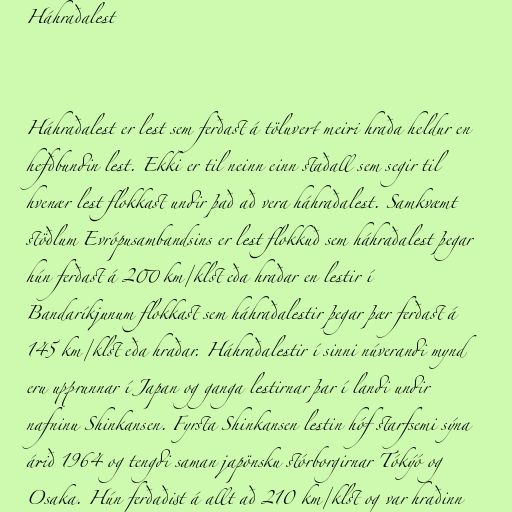
Háhraðalest

Háhraðalest er lest sem ferðast á töluvert meiri hraða heldur en
hefðbundin lest. Ekki er til neinn einn staðall sem segir til
hvenær lest flokkast undir það að vera háhraðalest. Samkvæmt
stöðlum Evrópusambandsins er lest flokkuð sem háhraðalest þegar
hún ferðast á 200 km/klst eða hraðar en lestir í
Bandaríkjunum flokkast sem háhraðalestir þegar þær ferðast á
145 km/klst eða hraðar. Háhraðalestir í sinni núverandi mynd
eru upprunnar í Japan og ganga lestirnar þar í landi undir
nafninu Shinkansen. Fyrsta Shinkansen lestin hóf starfsemi sýna
árið 1964 og tengdi saman japönsku stórborgirnar Tókýó og
Osaka. Hún ferðaðist á allt að 210 km/klst og var hraðinn